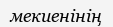
мекиенінің